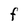
Character: F